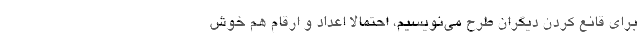
برای قانع کردن دیگران طرح می‌نویسیم، احتمالا اعداد و ارقام هم خوش